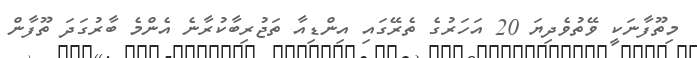
މިތޫފާނަކީ ވޭތުވެދިޔަ 20 އަހަރުގެ ތެރޭގައި އިންޑިއާ ތަޖުރިބާކުރާނެ އެންމެ ބާރުގަދަ ތޫފާން